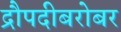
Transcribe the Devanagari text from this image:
द्रौपदीबरोबर